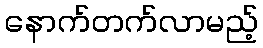
နောက်တက်လာမည့်